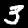
Digit: 3